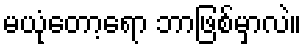
မယုံတော့ရော ဘာဖြစ်မှာလဲ။